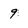
Character: 9